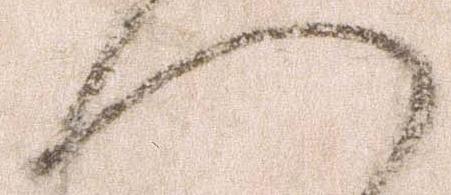
へ